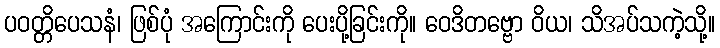
ပဝတ္တိပေသနံ၊ ဖြစ်ပုံ အကြောင်းကို ပေးပို့ခြင်းကို။ ဝေဒိတဗ္ဗော ဝိယ၊ သိအပ်သကဲ့သို့။